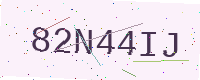
Text: 82N44IJ